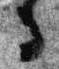
寺